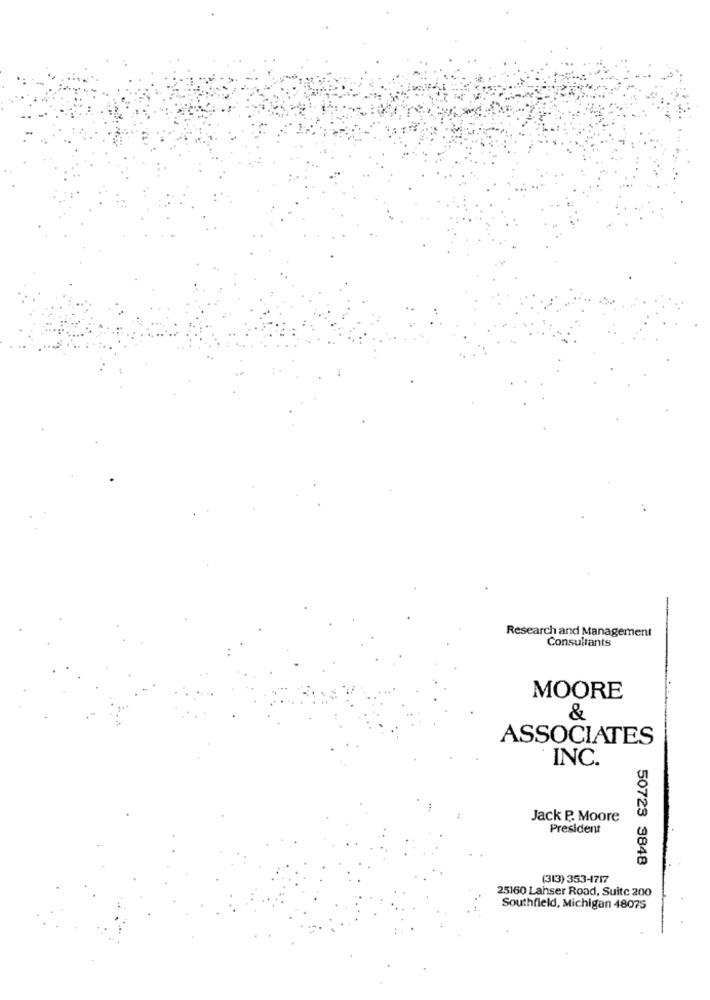
Research and Management
Consultants
MOORE
&
ASSOCIATES
INC.
Jack P. Moore
President
50723 3848
(313) 353-4717
25160 Lahser Road, Suite 200
Southfield, Michigan 48075